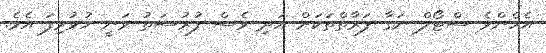
އެހެންވެ ސްޓޯލް ނަގާ ފަރާތްތަކަށް އަދި ވެސް ފުރުސަތު ވަނީ ހުޅުވިފަ އެވެ.